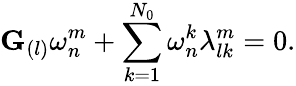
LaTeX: \mathbf{G}_{(l)}\omega_{n}^{m}+\sum_{k=1}^{N_{0}}\omega_{n}^{k}\lambda_{lk}^{m}=0.